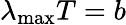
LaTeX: \lambda_{\mathrm{max}}T=b